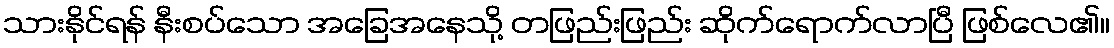
သားနိုင်ရန် နီးစပ်သော အခြေအနေသို့ တဖြည်းဖြည်း ဆိုက်ရောက်လာပြီ ဖြစ်လေ၏။